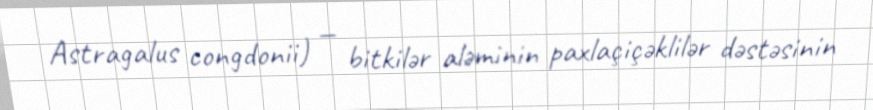
Astragalus congdonii) — bitkilər aləminin paxlaçiçəklilər dəstəsinin